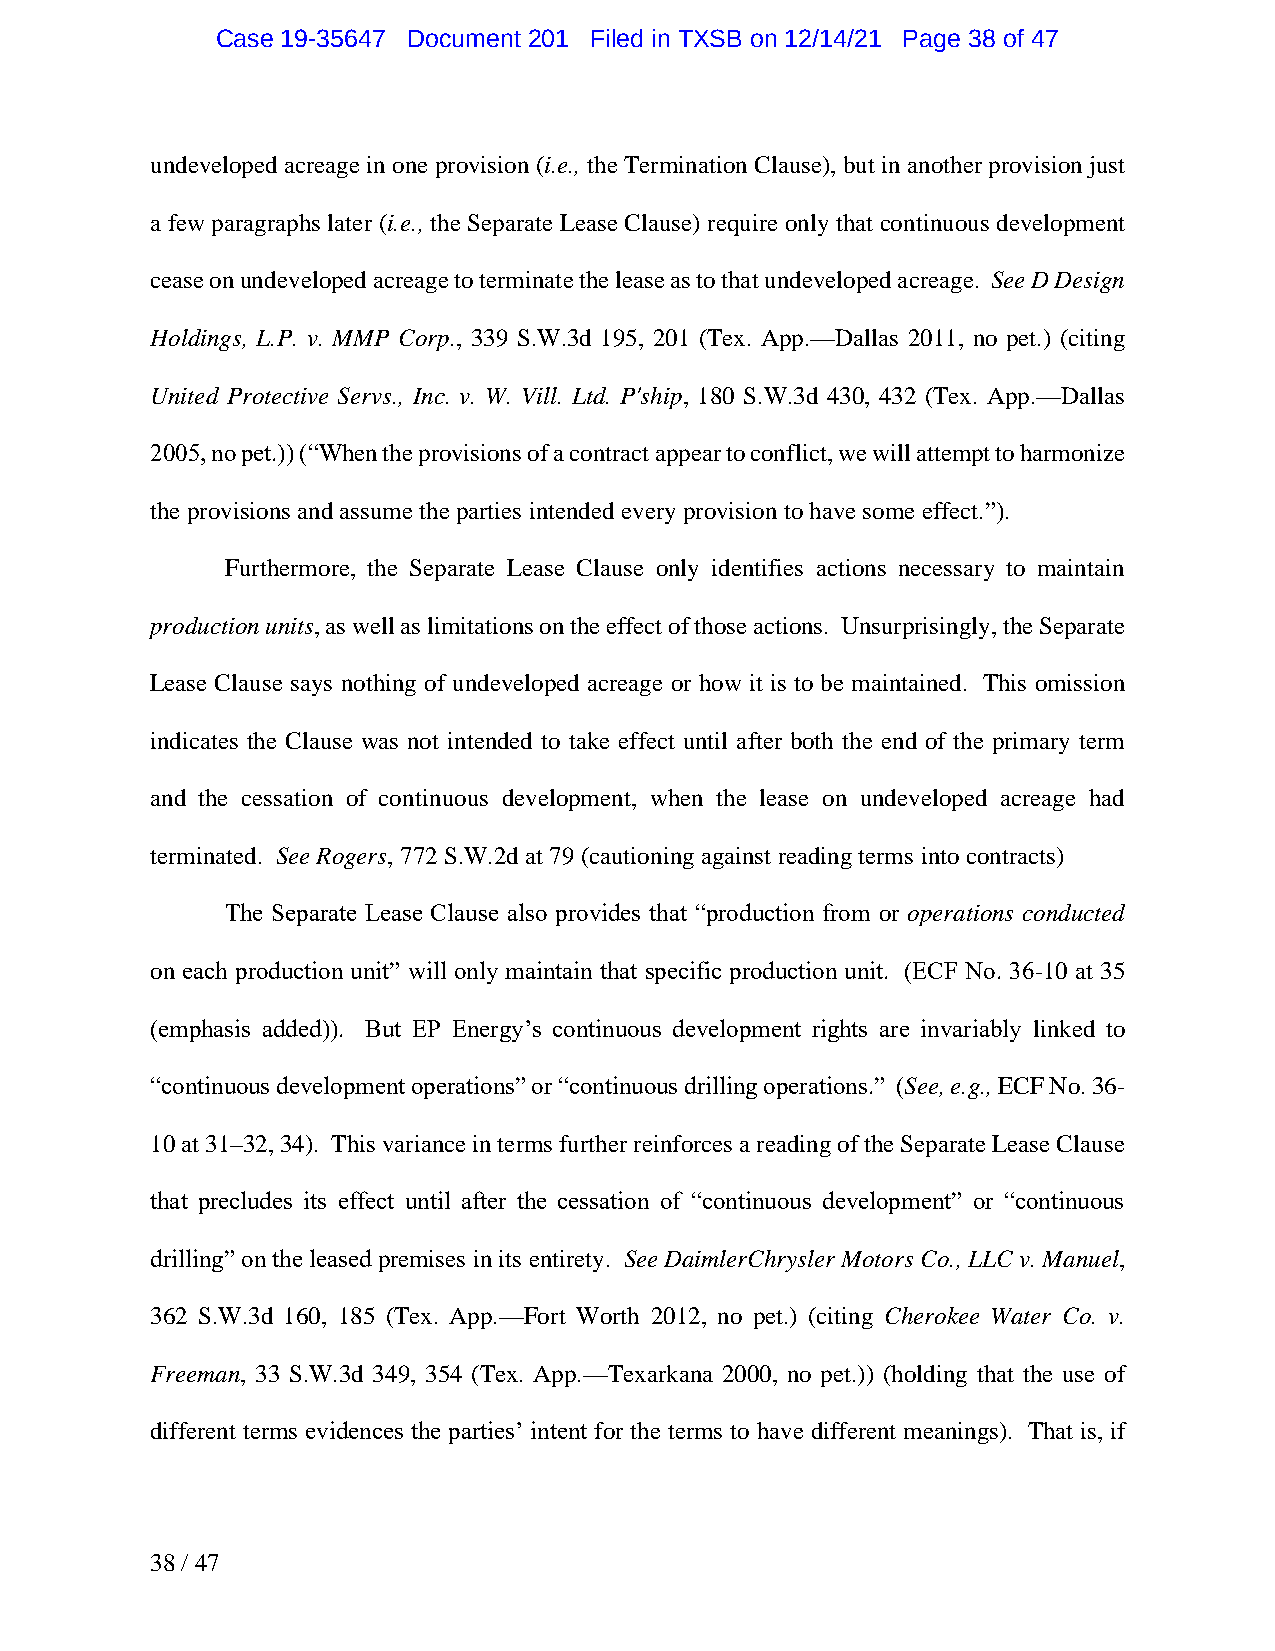
Case 19-35647 Document 201 Filed in TXSB on 12/14/21 Page 38 of 47
 undeveloped acreage in one provision (i.e., the Termination Clause), but in another provision just
 a few paragraphs later (i.e., the Separate Lease Clause) require only that continuous development
 cease on undeveloped acreage to terminate the lease as to that undeveloped acreage. See D Design
 Holdings, L.P. v. MMP Corp., 339 S.W.3d 195, 201 (Tex. App.—Dallas 2011, no pet.) (citing
 United Protective Servs., Inc. v. W. Vill. Ltd. P'ship, 180 S.W.3d 430, 432 (Tex. App.—Dallas
 2005, no pet.)) (“When the provisions of a contract appear to conflict, we will attempt to harmonize
 the provisions and assume the parties intended every provision to have some effect.”).
 Furthermore, the Separate Lease Clause only identifies actions necessary to maintain
 production units, as well as limitations on the effect of those actions. Unsurprisingly, the Separate
 Lease Clause says nothing of undeveloped acreage or how it is to be maintained. This omission
 indicates the Clause was not intended to take effect until after both the end of the primary term
 and the cessation of continuous development, when the lease on undeveloped acreage had
 terminated. See Rogers, 772 S.W.2d at 79 (cautioning against reading terms into contracts)
 The Separate Lease Clause also provides that “production from or operations conducted
 on each production unit” will only maintain that specific production unit. (ECF No. 36-10 at 35
 (emphasis added)). But EP Energy’s continuous development rights are invariably linked to
 “continuous development operations” or “continuous drilling operations.” (See, e.g., ECF No. 36-
 10 at 31–32, 34). This variance in terms further reinforces a reading of the Separate Lease Clause
 that precludes its effect until after the cessation of “continuous development” or “continuous
 drilling” on the leased premises in its entirety. See DaimlerChrysler Motors Co., LLC v. Manuel,
 362 S.W.3d 160, 185 (Tex. App.—Fort Worth 2012, no pet.) (citing Cherokee Water Co. v.
 Freeman, 33 S.W.3d 349, 354 (Tex. App.—Texarkana 2000, no pet.)) (holding that the use of
 different terms evidences the parties’ intent for the terms to have different meanings). That is, if
 38 / 47